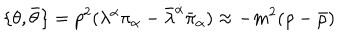
\{ \theta , \bar { \theta } \} = p ^ { 2 } ( \lambda ^ { \alpha } \pi _ { \alpha } - \bar { \lambda } ^ { \dot { \alpha } } \bar { \pi } _ { \dot { \alpha } } ) \approx - m ^ { 2 } ( \rho - \bar { \rho } )